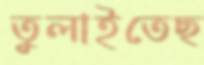
তুলাইতেছ